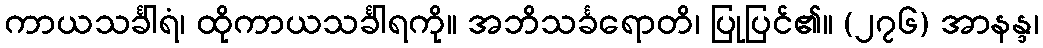
ကာယသင်္ခါရံ၊ ထိုကာယသင်္ခါရကို။ အဘိသင်္ခရောတိ၊ ပြုပြင်၏။ (၂၇၆) အာနန္ဒ၊